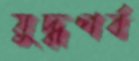
যুদ্ধপর্ব